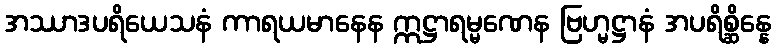
အဿာဒပရိယေသနံ ကာရယမာနေန ဣဋ္ဌာရမ္မဏေန ဗြဟ္မဋ္ဌာနံ အပရိစ္ဆိန္နေ